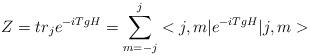
LaTeX: \begin{align*}Z = tr_j e^{- i T g H}= \sum_{m = - j}^j <j, m| e^{- i T g H} |j, m>\end{align*}